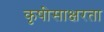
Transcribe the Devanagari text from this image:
कृषीसाक्षरता